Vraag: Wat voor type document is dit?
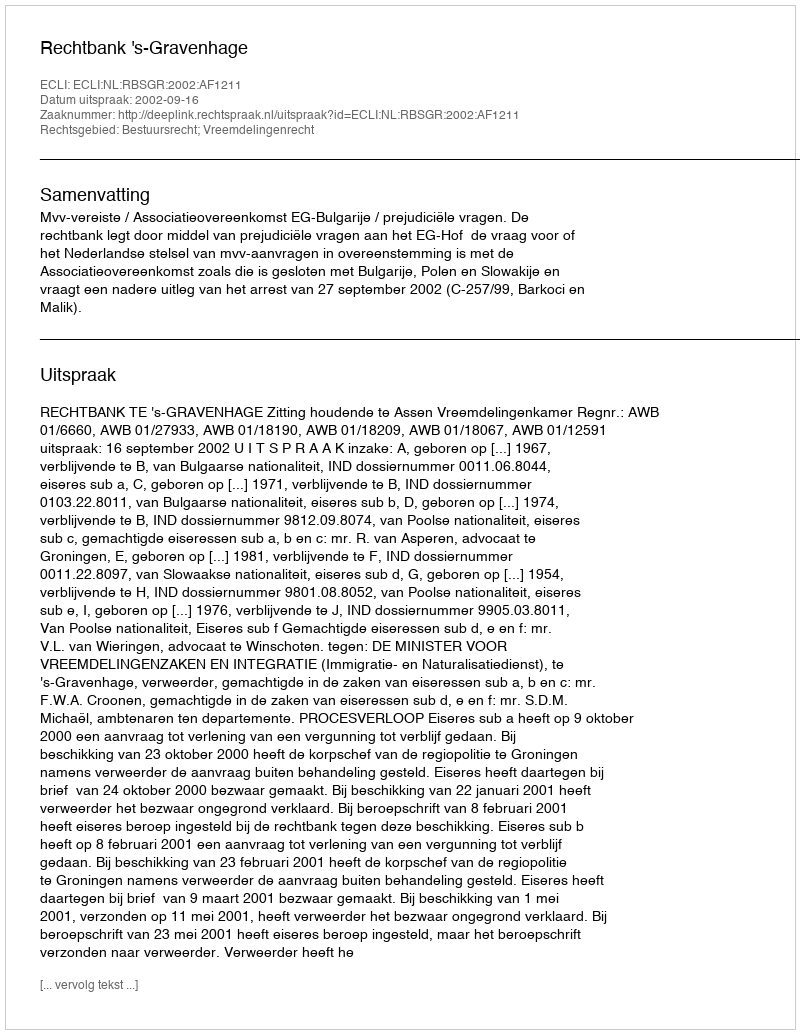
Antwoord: Uitspraak